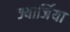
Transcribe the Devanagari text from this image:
ज्यार्जिया